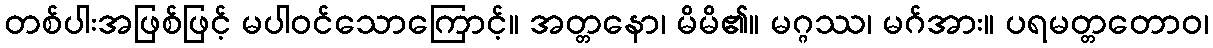
တစ်ပါးအဖြစ်ဖြင့် မပါဝင်သောကြောင့်။ အတ္တနော၊ မိမိ၏။ မဂ္ဂဿ၊ မဂ်အား။ ပရမတ္တတောဝ၊